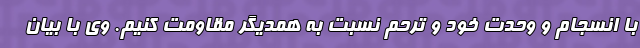
با انسجام و وحدت خود و ترحم نسبت به همدیگر مقاومت کنیم. وی با بیان